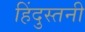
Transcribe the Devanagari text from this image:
हिंदुस्तनी